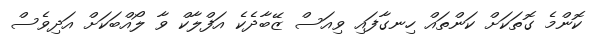
ކޮންމެ ގޮތަކަށް ކަންތައް ހިނގާފައި ވިއަސް ޒޭބާދެކެ އަފްލާކް ވާ ލޯއްބަކަށް އަދިވެސް